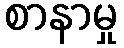
စာနာမှု